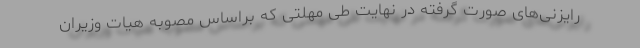
رایزنی‌های صورت گرفته در نهایت طی مهلتی که براساس مصوبه هیات وزیران